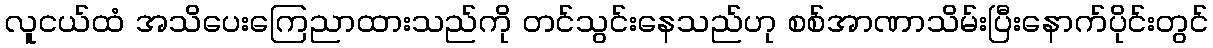
လူငယ်ထံ အသိပေးကြေညာထားသည်ကို တင်သွင်းနေသည်ဟု စစ်အာဏာသိမ်းပြီးနောက်ပိုင်းတွင်